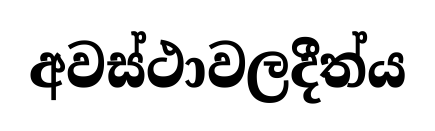
අවස්ථාවලදීත්ය